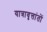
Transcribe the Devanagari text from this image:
यात्रावृत्तांतों